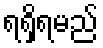
ရရှိရမည်